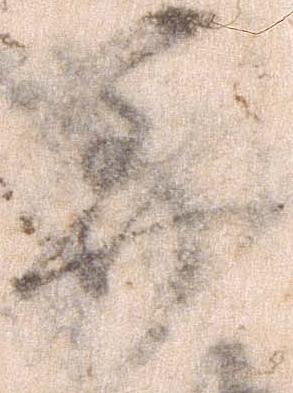
美